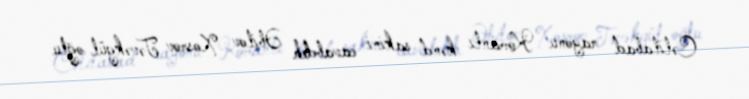
Cəlilabad rayonu Komanlı kənd sakini cavabdeh Əbilov Xosrov Təvəkgül oğlu